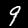
Digit: 9